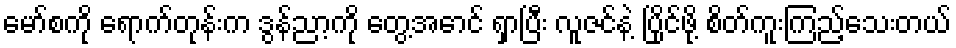
မော်စကို ရောက်တုန်းက ဒွန်ညာ့ကို တွေ့အောင် ရှာပြီး လူဇင်နဲ့ ပြိုင်ဖို့ စိတ်ကူးကြည့်သေးတယ်